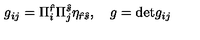
g _ { i j } = \Pi _ { i } ^ { \hat { r } } \Pi _ { j } ^ { \hat { s } } \eta _ { \hat { r } \hat { s } } , \quad g = \mathrm { d e t } g _ { i j }